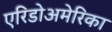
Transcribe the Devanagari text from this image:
एरिडोअमेरिका